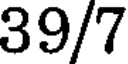
39/7